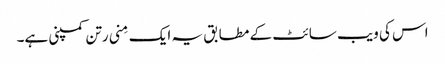
اس کی ویب سائٹ کے مطابق یہ ایک مِنی رتن کمپنی ہے۔